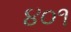
૪૦૧